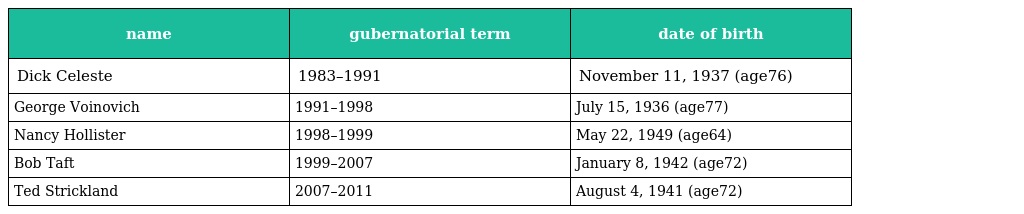
| name | gubernatorial term | date of birth |
 | --- | --- | --- |
 | Dick Celeste | 1983–1991 | November 11, 1937 (age76) |
 | George Voinovich | 1991–1998 | July 15, 1936 (age77) |
 | Nancy Hollister | 1998–1999 | May 22, 1949 (age64) |
 | Bob Taft | 1999–2007 | January 8, 1942 (age72) |
 | Ted Strickland | 2007–2011 | August 4, 1941 (age72) |